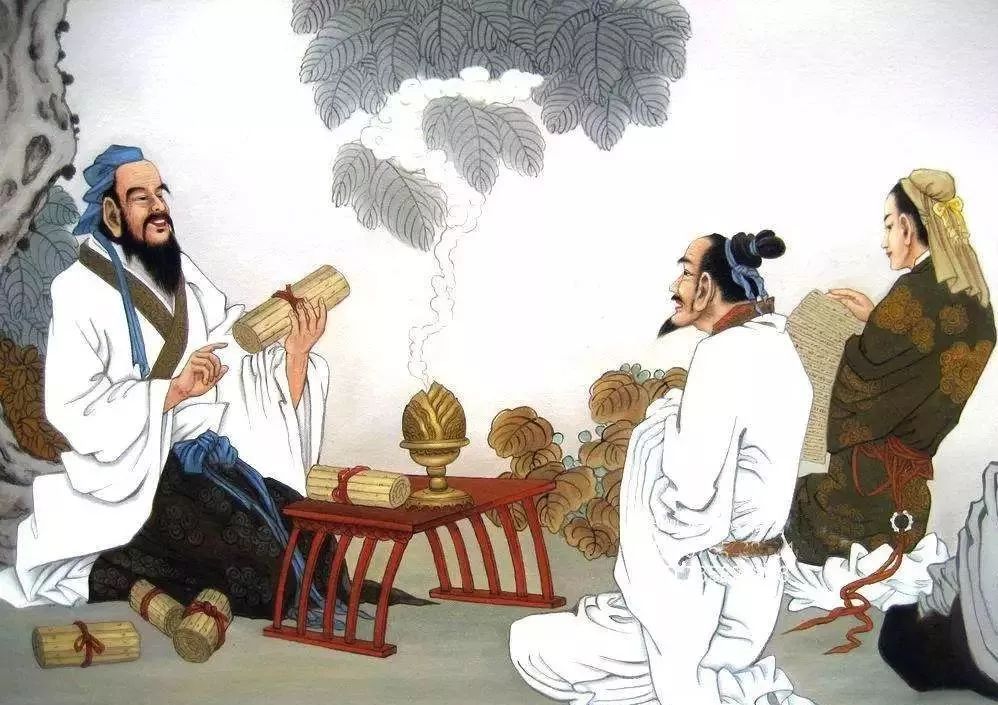
学而时习之，不亦说乎？